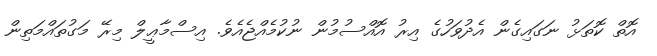
އޮތް ކޮތަޅު ނަގައިގެން އެދުވަހުގެ އިރު އޮއްސުމުން ނުކުމެއްޖެއެވެ. އިސްމާޢީލް މިރޭ މަގުތައްމަތިން